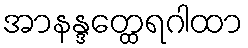
အာနန္ဒတ္ထေရဂါထာ